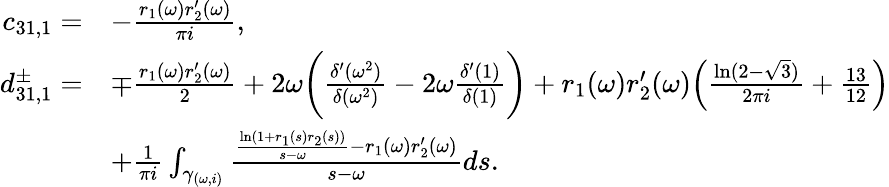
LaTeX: \begin{array}{rl}{c_{31,1}=}&{-\frac{r_{1}(\omega)r_{2}^{\prime}(\omega)}{\pi i},}\\ {d_{31,1}^{\pm}=}&{\mp\frac{r_{1}(\omega)r_{2}^{\prime}(\omega)}{2}+2\omega\bigg(\frac{\delta^{\prime}(\omega^{2})}{\delta(\omega^{2})}-2\omega\frac{\delta^{\prime}(1)}{\delta(1)}\bigg)+r_{1}(\omega)r_{2}^{\prime}(\omega)\Big(\frac{\ln(2-\sqrt{3})}{2\pi i}+\frac{13}{12}\Big)}\\ &{+\frac{1}{\pi i}\int_{\gamma_{(\omega,i)}}\frac{\frac{\ln(1+r_{1}(s)r_{2}(s))}{s-\omega}-r_{1}(\omega)r_{2}^{\prime}(\omega)}{s-\omega}ds.}\end{array}